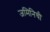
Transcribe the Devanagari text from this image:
जमिनिची